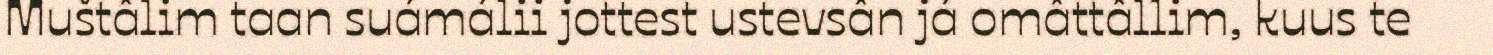
Muštâlim taan suámálii jottest ustevsân já omâttâllim, kuus te